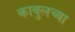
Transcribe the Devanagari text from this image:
काबुलच्या